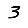
Digit: 3